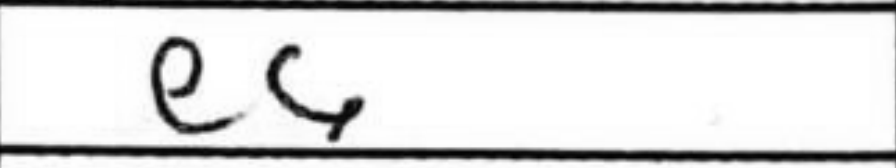
Transcription: e6